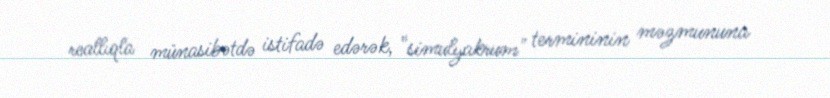
reallıqla münasibətdə istifadə edərək, "simulyakrum" termininin məzmununa